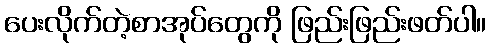
ပေးလိုက်တဲ့စာအုပ်တွေကို ဖြည်းဖြည်းဖတ်ပါ။